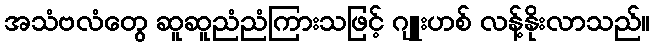
အသံဗလံတွေ ဆူဆူညံညံကြားသဖြင့် ဂျူးဟစ် လန့်နိုးလာသည်။